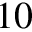
1 0